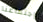
إجتماعنا